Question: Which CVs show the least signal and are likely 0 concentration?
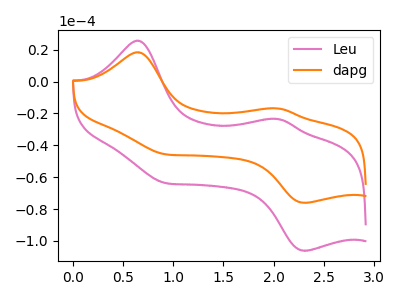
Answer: <think>The pink curve "Leu" has anodic peaks at (0.65V, 25.70uA) (2.05V, -23.45uA) and cathodic peaks at (0.90V, -63.45uA) (2.30V, -106.20uA). The orange curve "dapg" has anodic peaks at (0.65V, 18.40uA) (2.05V, -16.80uA) and cathodic peaks at (0.90V, -45.45uA) (2.30V, -76.10uA).</think>
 <answer>There are not any CV's on this graph that are likely to be blanks.</answer>
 <eval>none</eval>